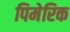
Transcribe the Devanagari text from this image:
पिमेरिक